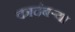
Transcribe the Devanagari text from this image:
कादंबऱ्‍या